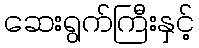
ဆေးရွက်ကြီးနှင့်